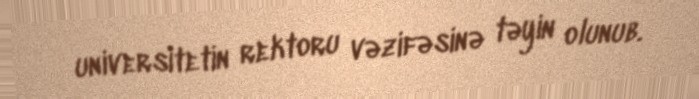
universitetin rektoru vəzifəsinə təyin olunub.